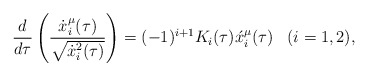
\begin{align*}\frac{d}{d \tau}\left(\frac{\dot x^{\mu}_i(\tau)}{\sqrt{\dot x^2_i(\tau)}}\right)=(-1)^{i+1}K_i(\tau)\acute x^{\mu}_i(\tau)\,\,\,\,\,(i=1,2),\end{align*}